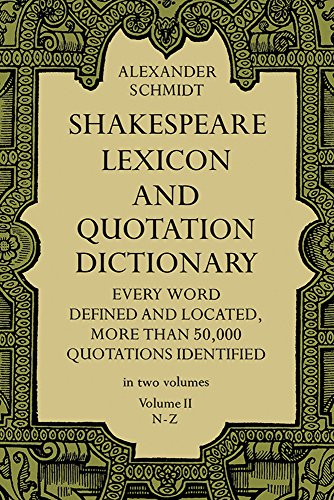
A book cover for Shakespeare Lexicon and Quotation Dictionary (Volume II, N-Z); Alexander Schmidt; Literature & Fiction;